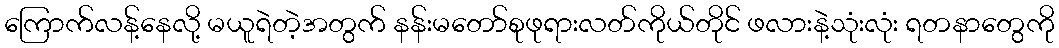
ကြောက်လန့်နေလို့ မယူရဲတဲ့အတွက် နန်းမတော်စုဖုရားလတ်ကိုယ်တိုင် ဖလားနဲ့သုံးလုံး ရတနာတွေကို